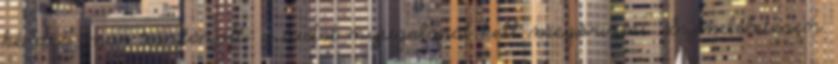
kérdés már tisztázott: a tudat nyugalmát kell megőrizni. Szemléletesen